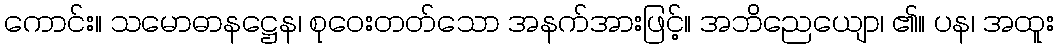
ကောင်း။ သမောဓာနဋ္ဌေန၊ စုဝေးတတ်သော အနက်အားဖြင့်။ အဘိညေယျော၊ ၏။ ပန၊ အထူး